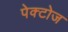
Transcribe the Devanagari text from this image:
पेक्टोज